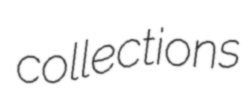
collections